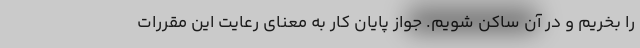
را بخريم و در آن ساكن شويم. جواز پايان كار به معناي رعايت اين مقررات